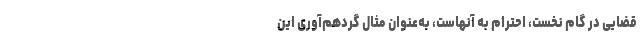
قضایی در گام نخست، احترام به آنهاست، به‌عنوان مثال گردهم‌آوری این